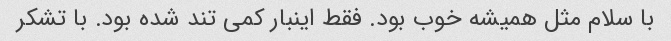
با سلام مثل همیشه خوب بود. فقط اینبار کمی تند شده بود. با تشکر